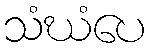
သံဃံပေ